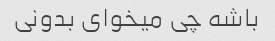
باشه چی میخوای بدونی